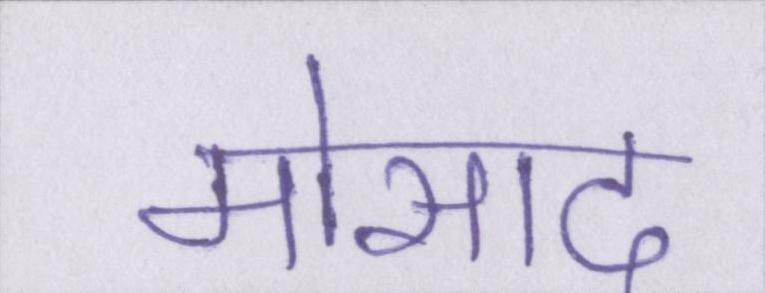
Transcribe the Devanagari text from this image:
मोसाद